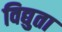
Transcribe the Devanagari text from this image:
विद्युता